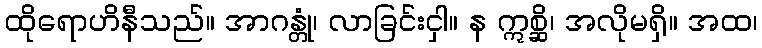
ထိုရောဟိနီသည်။ အာဂန္တုံ၊ လာခြင်းငှါ။ န ဣစ္ဆိ၊ အလိုမရှိ။ အထ၊